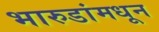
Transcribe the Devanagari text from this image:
भारुडांमधून